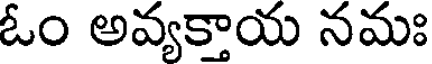
ఓం అవ్యక్తాయ నమః